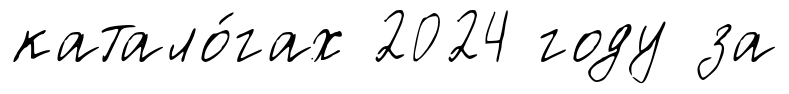
катало́гах 2024 году за